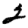
Digit: 2